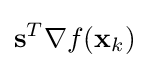
\mathbf {s} ^{T}\nabla f(\mathbf {x} _{k})